Lunatic asylums in Bengal annual reports 1912-1924 - 1912-1924
Year: 1912
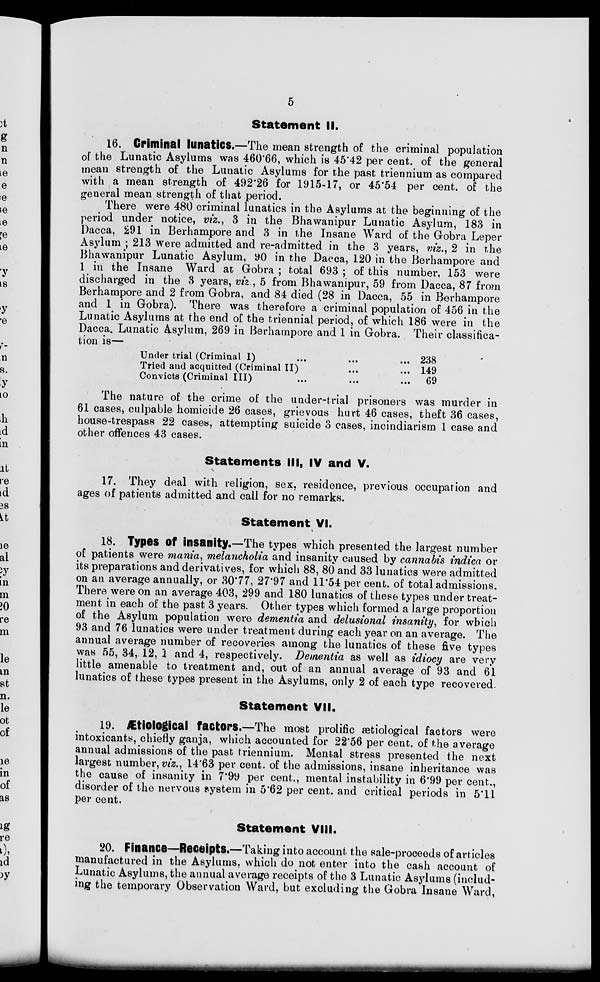
5
Statement II.
16. Criminal lunatics.—The mean strength of the criminal population
of the Lunatic Asylums was 460.66, which is 45.42 per cent. of the general
mean strength of the Lunatic Asylums for the past triennium as compared
with a mean strength of 492.26 for 1915-17, or 45.54 per cent. of the
general mean strength of that period.
There were 480 criminal lunatics in the Asylums at the beginning of the
period under notice, viz., 3 in the Bhawanipur Lunatic Asylum, 183 in
Dacca, 291 in Berhampore and 3 in the Insane Ward of the Gobra Leper
Asylum ; 213 were admitted and re-admitted in the 3 years, viz., 2 in the
Bhawanipur Lunatic Asylum, 90 in the Dacca, 120 in the Berhampore and
1 in the Insane Ward at Gobra ; total 693 ; of this number. 153 were
discharged in the 3 years, viz , 5 from Bhawanipur, 59 from Dacca, 87 from
Berhampore and 2 from Gobra, and 84 died (28 in Dacca, 55 in Berhampore
and 1 in Gobra). There was therefore a criminal population of 456 in the
Lunatic Asylums at the end of the triennial period, of which 186 were in the
Dacca. Lunatic Asylum. 269 in Berhampore and 1 in Gobra. Their classifica-
tion is—
Under trial (Criminal I) ... ... ...
Tried and acquitted (Criminal II) ... ...
Convicts (Criminal III) ... ... ...
238
149
69
The nature of the crime of the under-trial prisoners was murder in
61 cases, culpable homicide 26 cases, grievous hurt 46 cases, theft 36 cases,
house-trespass 22 cases, attempting suicide 3 cases, incindiarism 1 case and
other offences 43 cases.
Statements III, IV and V.
17. They deal with religion, sex. residence, previous occupation and
ages of patients admitted and call for no remarks.
Statement VI.
18. Types of insanity.—The types which presented the largest number
of patients were mania, melancholia and insanity caused by cannabis indica or
its preparations and derivatives, for which 88, 80 and 33 lunatics were admitted
on an average annually, or 30.77, 27.97 and 11.54 per cent. of total admissions.
There were on an average 403, 299 and 180 lunatics of these types under treat-
ment in each of the past 3 years. Other types which formed a large proportion
of the Asylum population were dementia and delusional insanity, for which
93 and 76 lunatics were under treatment during each year on an average. The
annual average number of recoveries among the lunatics of these five types
was 55, 34, 12, 1 and 4, respectively. Dementia as well as idiocy are very
little amenable to treatment and, out of an annual average of 93 and 61
lunatics of these types present in the Asylums, only 2 of each type recovered
Statement VII.
19. Ætiological factors.—The most prolific ætiological factors were
intoxicants, chiefly ganja, which accounted for 22.56 per cent. of the average
annual admissions of the past triennium. Mental stress presented the next
largest number,viz., 14.63 per cent. of the admissions, insane inheritance was
the cause of insanity in 7.99 per cent., mental instability in 6.99 per cent.,
disorder of the nervous system in 5.62 per cent. and critical periods in 5.11
per cent.
Statement VIII.
20. Finance—Receipts.—Taking into account the sale-proceeds of articles
manufactured in the Asylums, which do not enter into the cash account of
Lunatic Asylums, the annual average receipts of the 3 Lunatic Asylums (includ-
ing the temporary Observation Ward, but excluding the Gobra Insane Ward,